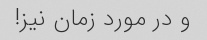
و در مورد زمان نیز!